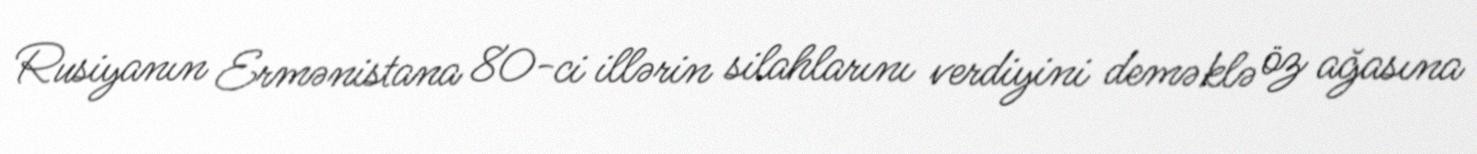
Rusiyanın Ermənistana 80-ci illərin silahlarını verdiyini deməklə öz ağasına